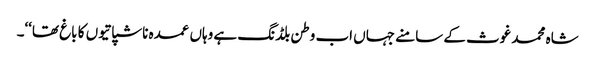
شاہ محمد غوث کے سامنے جہاں اب وطن بلڈنگ ہے وہاں عمدہ ناشپاتیوں کا باغ تھا‘‘۔